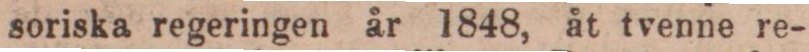
soriska regeringen år 1848, åt tvenne re-